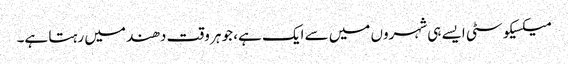
میکسیکو سٹی ایسے ہی شہروں میں سے ایک ہے، جو ہر وقت دھند میں رہتا ہے۔